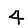
Digit: 4